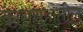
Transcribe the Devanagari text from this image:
कारागृहातील